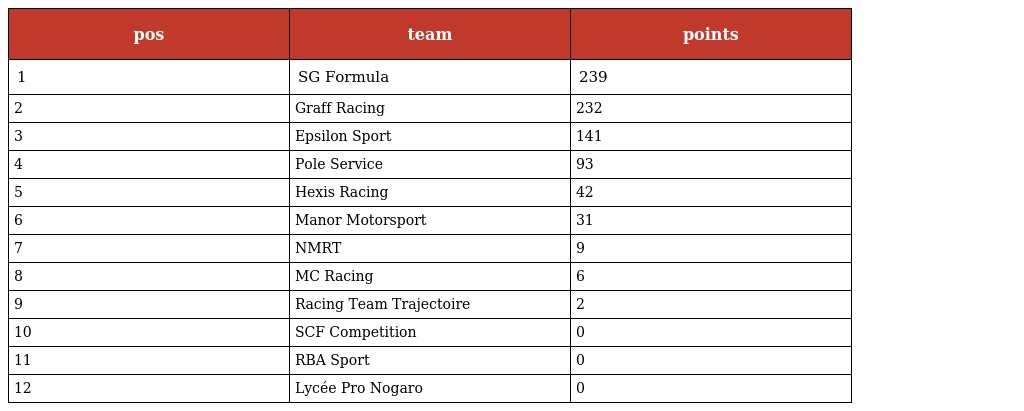
| pos | team | points |
 | --- | --- | --- |
 | 1 | SG Formula | 239 |
 | 2 | Graff Racing | 232 |
 | 3 | Epsilon Sport | 141 |
 | 4 | Pole Service | 93 |
 | 5 | Hexis Racing | 42 |
 | 6 | Manor Motorsport | 31 |
 | 7 | NMRT | 9 |
 | 8 | MC Racing | 6 |
 | 9 | Racing Team Trajectoire | 2 |
 | 10 | SCF Competition | 0 |
 | 11 | RBA Sport | 0 |
 | 12 | Lycée Pro Nogaro | 0 |